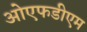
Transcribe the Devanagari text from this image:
ओएफडीएम